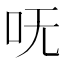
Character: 呒